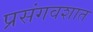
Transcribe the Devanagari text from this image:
प्रसंगवशात